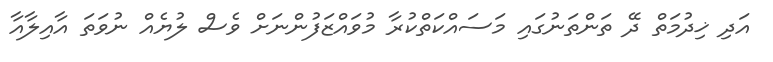
އަދި ޚިދުމަތް ދޭ ތަންތަނުގައި މަސައްކަތްކުރާ މުވައްޒަފުންނަށް ވެސް ލުޔެއް ނުވަތަ އާއިލާއާ